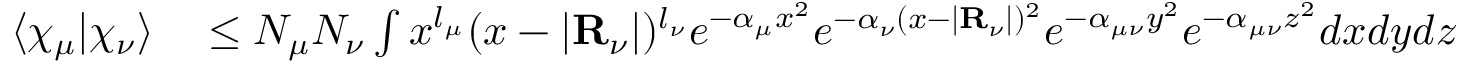
\begin{array} { r l } { \langle \chi _ { \mu } | \chi _ { \nu } \rangle } & { { } \leq N _ { \mu } N _ { \nu } \int x ^ { l _ { \mu } } ( x - | \mathbf { R } _ { \nu } | ) ^ { l _ { \nu } } e ^ { - \alpha _ { \mu } x ^ { 2 } } e ^ { - \alpha _ { \nu } ( x - | \mathbf { R } _ { \nu } | ) ^ { 2 } } e ^ { - \alpha _ { \mu \nu } y ^ { 2 } } e ^ { - \alpha _ { \mu \nu } z ^ { 2 } } d x d y d z } \end{array}